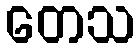
တေသ